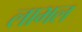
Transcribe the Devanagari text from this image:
लाभल